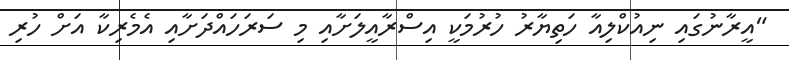
"އީރާނުގައި ނިއުކްލިއާ ހަތިޔާރު ހުރުމަކީ އިސްރާއީލަށާއި މި ސަރަހައްދަށާއި އެމެރިކާ އަށް ހުރި